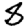
Digit: 8